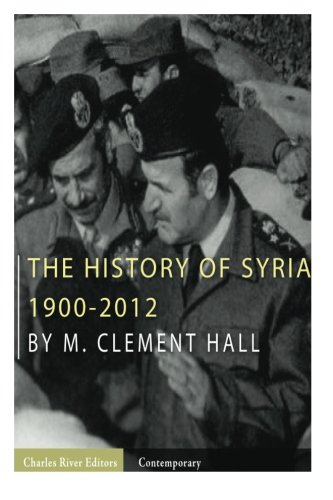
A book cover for The History of Syria: 1900-2012; M. Clement Hall; History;